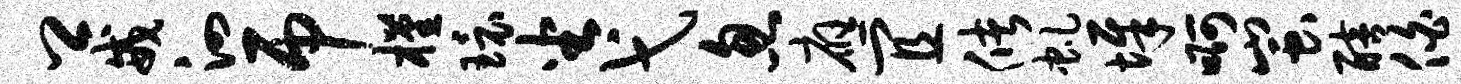
卿戒泗吊槿环坐弋忽应宜储虬墀啊蚩醅伯